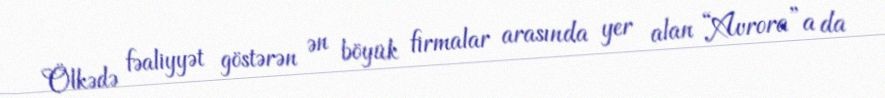
Ölkədə fəaliyyət göstərən ən böyük firmalar arasında yer alan “Avrora”a da